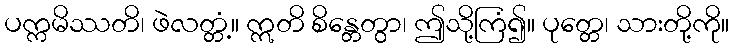
ပက္ကမိဿတိ၊ ဖဲလတ္တံ့။ ဣတိ စိန္တေတွာ၊ ဤသို့ကြံ၍။ ပုတ္တေ၊ သားတို့ကို။